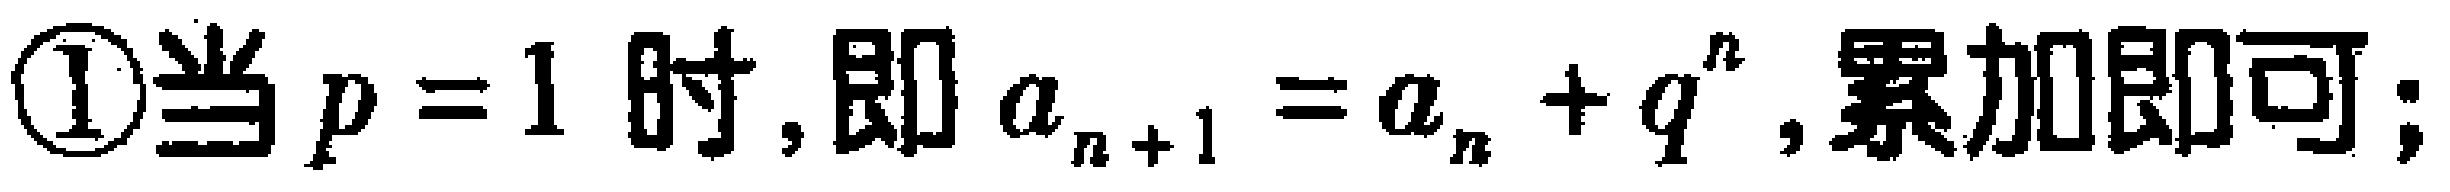
\textcircled{1}当\(p = 1\)时,即\(a_{n + 1} = a_{n}+q^{n}\),累加即可;